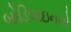
બોડિલાઇનનો